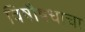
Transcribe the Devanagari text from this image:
विषौषधाचा